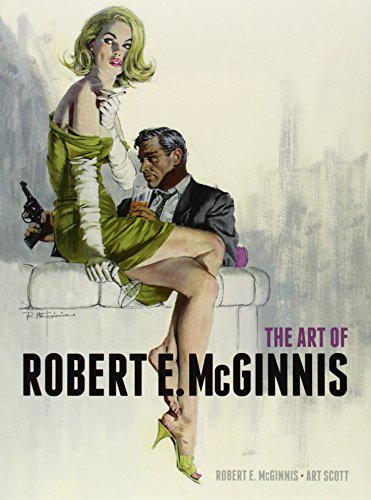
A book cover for The Art of Robert E McGinnis; Robert E. McGinnis; Humor & Entertainment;